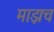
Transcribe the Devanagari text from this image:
माझच